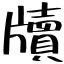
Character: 牘